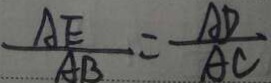
\frac { A E } { A B } = \frac { A D } { A C }